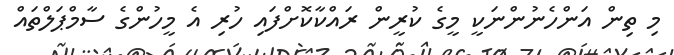
މި ތިން އަންހެނުންނަކީ މީގެ ކުރީން ރައްކާކޮށްފައި ހުރި އެ މީހުންގެ ސާމްޕަލްތައް